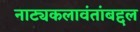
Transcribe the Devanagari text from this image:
नाट्यकलावंतांबद्दल